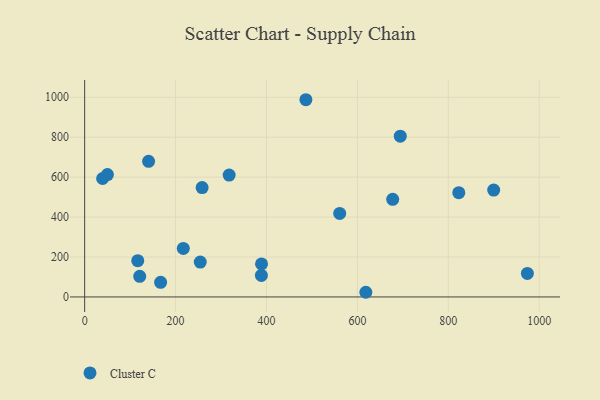
{"axis": {"x": "Speed", "y": "Demand"}, "legend": ["Cluster C"], "data": [{"x": "618.6", "y": 23.4, "type": "Cluster C"}, {"x": "561.1", "y": 418.2, "type": "Cluster C"}, {"x": "258.4", "y": 547.5, "type": "Cluster C"}, {"x": "317.9", "y": 610.3, "type": "Cluster C"}, {"x": "140.6", "y": 679.1, "type": "Cluster C"}, {"x": "121.1", "y": 103.4, "type": "Cluster C"}, {"x": "388.8", "y": 107.9, "type": "Cluster C"}, {"x": "677.7", "y": 488.8, "type": "Cluster C"}, {"x": "486.7", "y": 987.7, "type": "Cluster C"}, {"x": "167.1", "y": 73.0, "type": "Cluster C"}, {"x": "694.4", "y": 805.2, "type": "Cluster C"}, {"x": "254.3", "y": 174.7, "type": "Cluster C"}, {"x": "50.1", "y": 613.0, "type": "Cluster C"}, {"x": "39.5", "y": 593.2, "type": "Cluster C"}, {"x": "217.0", "y": 242.8, "type": "Cluster C"}, {"x": "899.9", "y": 535.1, "type": "Cluster C"}, {"x": "974.0", "y": 118.0, "type": "Cluster C"}, {"x": "389.1", "y": 165.5, "type": "Cluster C"}, {"x": "116.8", "y": 181.8, "type": "Cluster C"}, {"x": "823.1", "y": 522.2, "type": "Cluster C"}]}